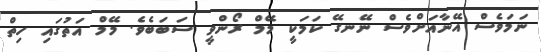
ނަމަވެސް އޭނާއަށްވެސް ނޭނގޭ ކަމަކީ މޭމް ރޯންވީ ސަބަބެވެ. މޭމް އަތުގައި ހިތް